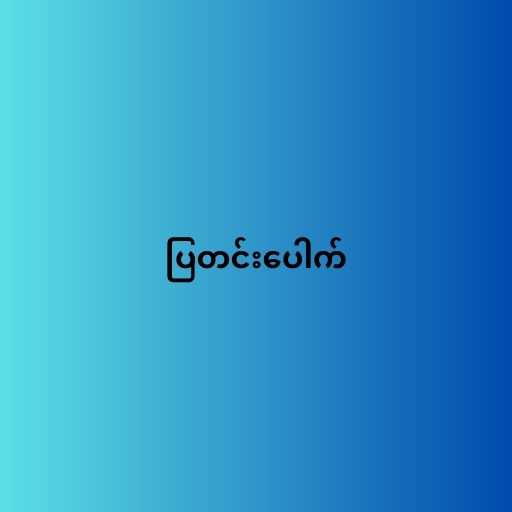
ပြတင်းပေါက်